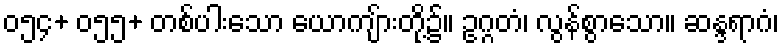
၀၅၄+ ၀၅၅+ တစ်ပါးသော ယောကျ်ားတို့၌။ ဥဂ္ဂတံ၊ လွန်စွာသော။ ဆန္ဒရာဂံ၊